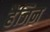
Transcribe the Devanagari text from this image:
हैजिन